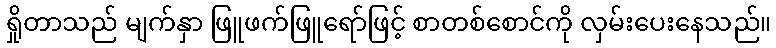
ရှိုတာသည် မျက်နှာ ဖြူဖက်ဖြူရော်ဖြင့် စာတစ်စောင်ကို လှမ်းပေးနေသည်။